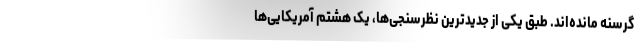
گرسنه مانده‌اند. طبق یکی از جدیدترین نظرسنجی‌ها، یک هشتم آمریکایی‌ها